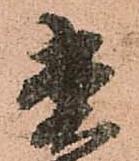
菅